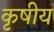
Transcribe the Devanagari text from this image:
कृषीय